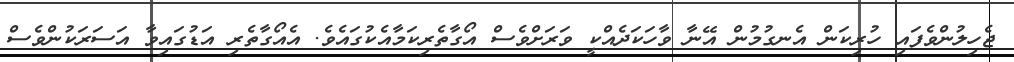
ޖެހިލުންވެފައި ހުރިކަން އެނގުމުން އޭނާ ވާހަކަދެއްކީ ވަރަށްވެސް އޯގާތެރިކަމާއެކުގައެވެ. އެއޯގާތެރި އަޑުގައިވާ އަސަރަކުންވެސް